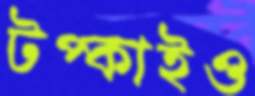
টপ্‌কাইও